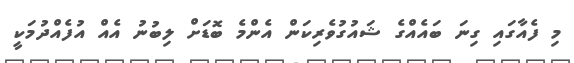
މި ފެއާގައި ގިނަ ބައެއްގެ ޝައުގުވެރިކަން އެންމެ ބޮޑަށް ލިބުނު އެއް އުފެއްދުމަކީ